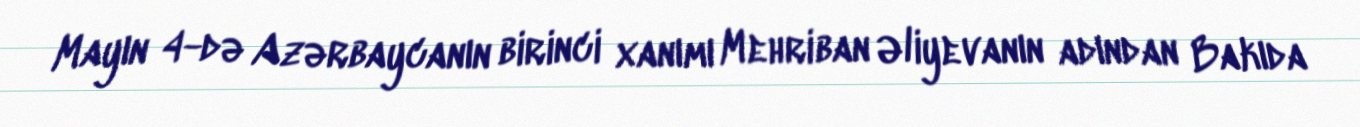
Mayın 4-də Azərbaycanın birinci xanımı Mehriban Əliyevanın adından Bakıda